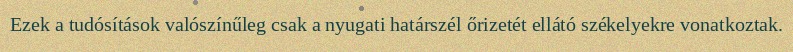
Ezek a tudósítások valószínűleg csak a nyugati határszél őrizetét ellátó székelyekre vonatkoztak.